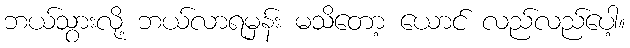
ဘယ်သွားလို့ ဘယ်လာရမှန်း မသိတော့ ယောင် လည်လည်ပေါ့။